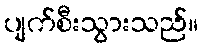
ပျက်စီးသွားသည်။